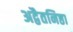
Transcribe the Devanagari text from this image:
अद्वैतनिष्ठा